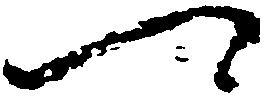
可